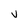
Character: V